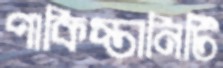
পাকিস্তানিটি